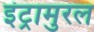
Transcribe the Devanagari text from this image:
इंट्रामुरल